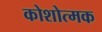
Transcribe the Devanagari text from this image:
कोशोत्मक